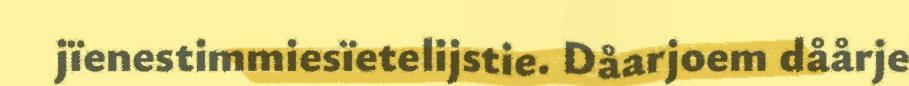
jïenestimmiesïetelijstie. Dåarjoem dåårje